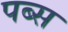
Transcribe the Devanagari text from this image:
पब्स